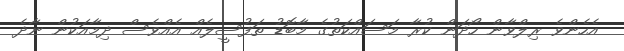
އެހެންވެ ރިލްވާން ހޯދަން ކުރާ މަސައްކަތުގެ މާބޮޑު ތަފުސީލެއް އެއްވެސް ދިމާއަކުން ނާދެ